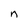
Character: n